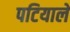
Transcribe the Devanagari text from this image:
पटियाले